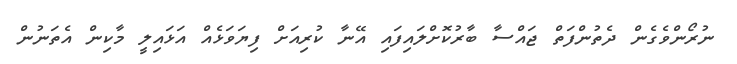
ނުރޯންވެގެން ދެތުންފަތް ޖައްސާ ބާރުކޮށްލައިފައި އޭނާ ކުރިއަށް ފިޔަވަޅެއް އަޅައިލީ މާކިން އެތަނުން